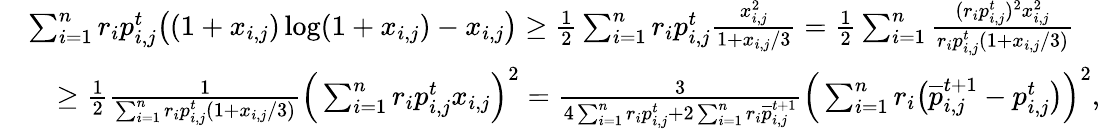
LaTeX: \begin{array}{rl}&{\sum_{i=1}^{n}r_{i}p_{i,j}^{t}\big((1+x_{i,j})\log(1+x_{i,j})-x_{i,j}\big)\geq\frac{1}{2}\sum_{i=1}^{n}r_{i}p_{i,j}^{t}\frac{x_{i,j}^{2}}{1+x_{i,j}/3}=\frac{1}{2}\sum_{i=1}^{n}\frac{(r_{i}p_{i,j}^{t})^{2}x_{i,j}^{2}}{r_{i}p_{i,j}^{t}(1+x_{i,j}/3)}}\\ &{\quad\ge\frac{1}{2}\frac{1}{\sum_{i=1}^{n}r_{i}p_{i,j}^{t}(1+x_{i,j}/3)}\Big(\sum_{i=1}^{n}r_{i}p_{i,j}^{t}x_{i,j}\Big)^{2}=\frac{3}{4\sum_{i=1}^{n}r_{i}p_{i,j}^{t}+2\sum_{i=1}^{n}r_{i}\overline{{p}}_{i,j}^{t+1}}\Big(\sum_{i=1}^{n}r_{i}\big(\overline{{p}}_{i,j}^{t+1}-p_{i,j}^{t}\big)\Big)^{2},}\end{array}